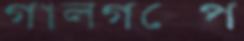
গালগল্পে